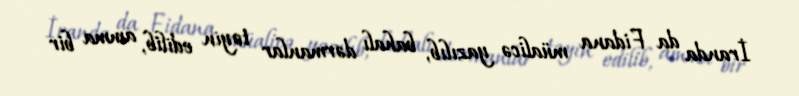
İranda da Fidana müalicə yazılıb, bahalı dərmanlar təyin edilib, amma bir